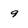
Character: 9